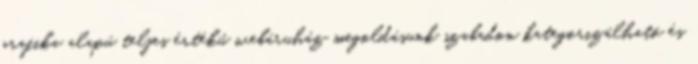
grafika alapú teljes értékû webáruház megoldásunk szabadon kategorizálható és